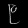
Digit: ၉